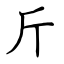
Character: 斤